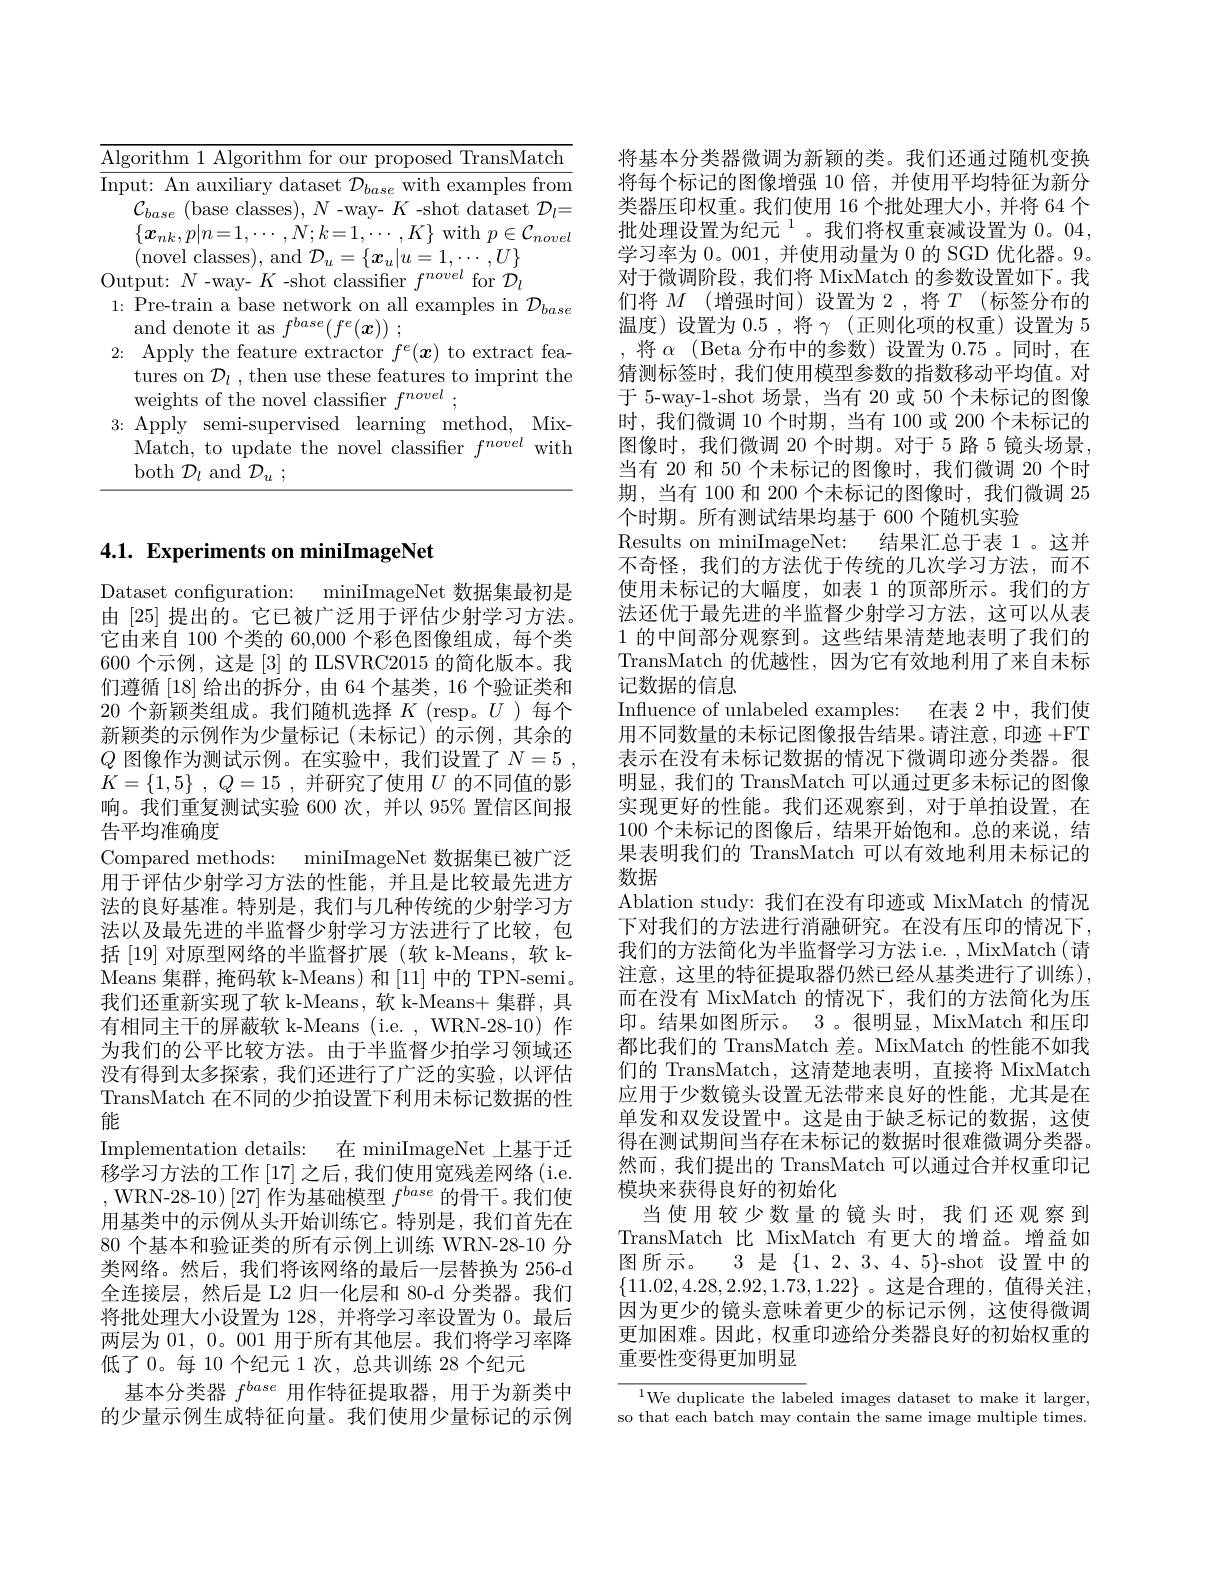
<table>
	<tbody>
		<tr>
			<td>$\overline{\mathrm{Alg}}$ T T T 1 C</td>
			<td> TransMatch rithm AI rithm for onoser</td>
		</tr>
		<tr>
			<td>VU 1:</td>
			<td>Pre-train a base network on all examples in $\mathcal{D}$ and denote it as $fbase/f$ $m$ 11</td>
		</tr>
		<tr>
			<td>2:</td>
			<td>Apply the feature extractor $f^{e}(\boldsymbol{x})$ to extract fea- tures on $\mathcal{D}_l$, then use these features to imprint the weights of the novel classifier $f^{novel}$ .</td>
		</tr>
		<tr>
			<td>3:</td>
			<td>Apply $y$ semi-supervised learning method, Mix- Match, to update the novel classifier $f^{novel}$ $l.$ witl both $\mathcal{D}_{l}$ and $\mathcal{D} _{u}$ ;</td>
		</tr>
	</tbody>
</table>

## 4.1. Experiments on miniImageNet

Dataset configuration: miniImageNet 数据集最初是由[25]提出的。它已被广泛用于评估少射学习方法。它由来自 100 个类的 60,000 个彩色图像组成，每个类600 个示例，这是 [3] 的 ILSVRC2015 的简化版本。我们遵循[18]给出的拆分，由 64 个基类，16 个验证类和20 个新颖类组成。我们随机选择$K$ (resp。$U$)每个新颖类的示例作为少量标记(未标记)的示例，其余的$Q$ 图像作为测试示例。在实验中，我们设置了$N= 5$ , $K= \{ 1, 5\}$ , $Q= 15$ , 并研究了使用 $U$ 的不同值的影响。我们重复测试实验 600 次，并以 95% 置信区间报告平均准确度
Compared methods: miniImageNet 数据集已被广泛用于评估少射学习方法的性能，并且是比较最先进方法的良好基准。特别是，我们与几种传统的少射学习方法以及最先进的半监督少射学习方法进行了比较，包括[19]对原型网络的半监督扩展(软 k-Means, 软 kMeans 集 群 , 掩码软 k-Means) 和[11] 中的 TPN-semi。我们还重新实现了软 k-Means, 软 k-Means+ 集群，具有相同主干的屏蔽软 k-Means (i.e. , WRN-28-10) 作为我们的公平比较方法。由于半监督少拍学习领域还没有得到太多探索，我们还进行了广泛的实验，以评估TransMatch 在不同的少拍设置下利用未标记数据的性能
Implementation details: 在 miniImageNet上基于迁移学习方法的工作 [17]之后，我们使用宽残差网络(i.e. ,WRN-28-10)[27]作为基础模型$f^base$的骨干。我们使用基类中的示例从头开始训练它。特别是，我们首先在80 个基本和验证类的所有示例上训练 WRN-28-10 分类网络。然后，我们将该网络的最后一层替换为 256-d 全连接层，然后是 L2 归一化层和 80-d 分类器。我们将批处理大小设置为 128, 并将学习率设置为 0。最后两层为 01, 0。001 用于所有其他层。我们将学习率降低了 0。每 10 个纪元 1 次，总共训练 28 个纪元
基本分类器$f^{base}$用作特征提取器，用于为新类中的少量示例生成特征向量。我们使用少量标记的示例

将基本分类器微调为新颖的类。我们还通过随机变换将每个标记的图像增强 10 倍，并使用平均特征为新分类器压印权重。我们使用 16 个批处理大小，并将 64 个批处理设置为纪元$^{1}$。我们将权重衰减设置为 0。04, 学习率为 0。001, 并使用动量为 0 的 SGD 优化器。9。对于微调阶段，我们将 MixMatch 的参数设置如下。我们将$M$ (增强时间)设置为 2,将 $T$ (标签分布的温度)设置为0.5,将$\gamma$ (正则化项的权重)设置为5 ,将$\alpha$ (Beta 分布中的参数)设置为 0.75。同时，在猜测标签时，我们使用模型参数的指数移动平均值。对于 5-way-1-shot 场景，当有 20 或 50 个未标记的图像时，我们微调 10 个时期，当有 100 或 200 个未标记的图像时，我们微调 20 个时期。对于 5 路 5 镜头场景， 当有 20 和 50 个未标记的图像时，我们微调 20 个时期，当有 100 和 200 个未标记的图像时，我们微调 25个时期。所有测试结果均基于 600 个随机实验
Results on miniImageNet: 结果汇总于表 1。这并不奇怪，我们的方法优于传统的几次学习方法，而不使用未标记的大幅度，如表 1 的顶部所示。我们的方法还优于最先进的半监督少射学习方法，这可以从表1的中间部分观察到。这些结果清楚地表明了我们的TransMatch 的优越性，因为它有效地利用了来自未标记数据的信息
Influence of unlabeled examples: 在表 2 中，我们使用不同数量的未标记图像报告结果。请注意，印迹 +FT 表示在没有未标记数据的情况下微调印迹分类器。很明显，我们的 TransMatch 可以通过更多未标记的图像实现更好的性能。我们还观察到，对于单拍设置，在100个未标记的图像后，结果开始饱和。总的来说，结果表明我们的 TransMatch 可以有效地利用未标记的数据
Ablation study: 我们在没有印迹或 MixMatch 的情况下对我们的方法进行消融研究。在没有压印的情况下， 我们的方法简化为半监督学习方法 i.e. , MixMatch( 请注意，这里的特征提取器仍然已经从基类进行了训练), 而在没有 MixMatch 的情况下，我们的方法简化为压印。结果如图所示。3 。很明显，MixMatch 和压印都比我们的 TransMatch 差。MixMatch 的性能不如我们的 TransMatch,这清楚地表明，直接将 MixMatch 应用于少数镜头设置无法带来良好的性能，尤其是在单发和双发设置中。这是由于缺乏标记的数据，这使得在测试期间当存在未标记的数据时很难微调分类器。然而，我们提出的 TransMatch 可以通过合并权重印记模块来获得良好的初始化
当使用较少数量的镜头时，我们还观察到TransMatch 比 MixMatch 有更大的增益。增益如图所示。3 是$\{1、2、3、4、5\}$-shot 设置中的$\{11.02,4.28,2.92,1.73,1.22\}$。这是合理的，值得关注， 因为更少的镜头意味着更少的标记示例，这使得微调更加困难。因此，权重印迹给分类器良好的初始权重的重要性变得更加明显

$^{1}$We duplicate the labeled images dataset to make it larger, so that each batch may contain the same image multiple times.